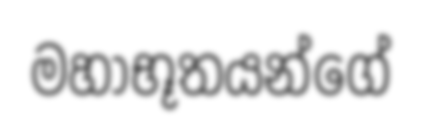
මහාභූතයන්ගේ